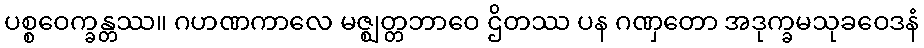
ပစ္စဝေက္ခန္တဿ။ ဂဟဏကာလေ မဇ္ဈတ္တဘာဝေ ဌိတဿ ပန ဂဏှတော အဒုက္ခမသုခဝေဒနံ